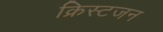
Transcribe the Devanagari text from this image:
क्रिस्टजन